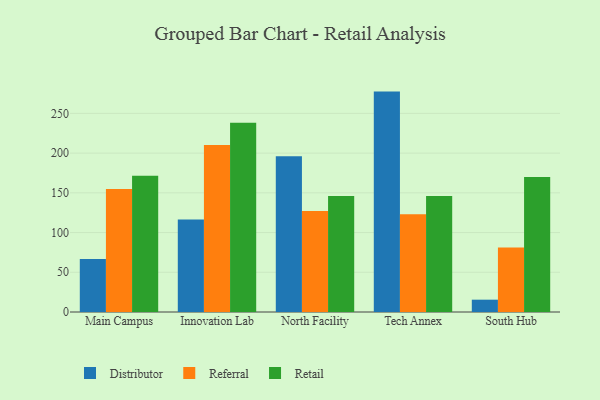
{"axis": {"x": "Campus", "y": "Production Output"}, "legend": ["Distributor", "Referral", "Retail"], "data": [{"x": "Main Campus", "y": 66.8, "type": "Distributor"}, {"x": "Main Campus", "y": 154.8, "type": "Referral"}, {"x": "Main Campus", "y": 171.4, "type": "Retail"}, {"x": "Innovation Lab", "y": 116.4, "type": "Distributor"}, {"x": "Innovation Lab", "y": 210.1, "type": "Referral"}, {"x": "Innovation Lab", "y": 238.3, "type": "Retail"}, {"x": "North Facility", "y": 196.1, "type": "Distributor"}, {"x": "North Facility", "y": 127.0, "type": "Referral"}, {"x": "North Facility", "y": 145.9, "type": "Retail"}, {"x": "Tech Annex", "y": 277.4, "type": "Distributor"}, {"x": "Tech Annex", "y": 123.0, "type": "Referral"}, {"x": "Tech Annex", "y": 145.9, "type": "Retail"}, {"x": "South Hub", "y": 15.5, "type": "Distributor"}, {"x": "South Hub", "y": 81.3, "type": "Referral"}, {"x": "South Hub", "y": 169.8, "type": "Retail"}]}